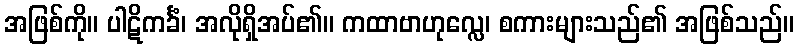
အဖြစ်ကို။ ပါဋိကင်္ခံ၊ အလိုရှိအပ်၏။ ကထာဗာဟုလ္လေ၊ စကားများသည်၏ အဖြစ်သည်။